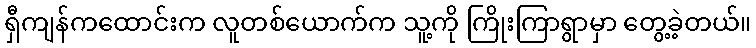
ရှီကျန်ကထောင်းက လူတစ်ယောက်က သူ့ကို ကြိုးကြာရွာမှာ တွေ့ခဲ့တယ်။